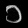
Digit: ၁